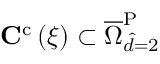
\mathbf { C } ^ { \mathrm { { c } } } \left( \xi \right) \subset \overline { { \Omega } } _ { \hat { d } = 2 } ^ { \mathrm { { P } } }